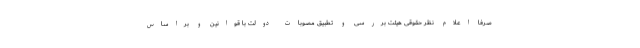
صرفا اعلام نظر حقوقی هیئت بررسی و تطبیق مصوبات دولت با قوانین و براساس